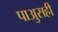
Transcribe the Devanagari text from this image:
पाअुसही